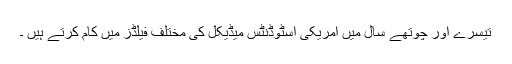
تیسرے اور چوتھے سال میں امریکی اسٹوڈنٹس میڈیکل کی مختلف فیلڈز میں کام کرتے ہیں ۔